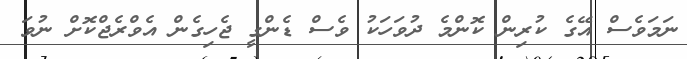
ނަމަވެސް އޭގެ ކުރިން ކޮންމެ ދުވަހަކު ވެސް ޑެންގީ ޖެހިގެން އެވްރެޖްކޮށް ނުވަ